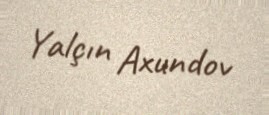
Yalçın Axundov